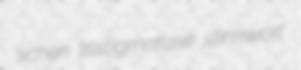
lichen tristigmatose stinkwort